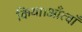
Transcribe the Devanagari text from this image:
किया।आँत्वाँ